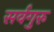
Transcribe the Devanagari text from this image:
सर्वगुरु